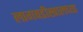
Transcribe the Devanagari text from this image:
लागवडीखालच्या